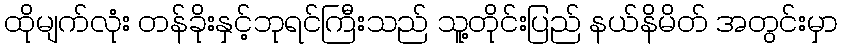
ထိုမျက်လုံး တန်ခိုးနှင့်ဘုရင်ကြီးသည် သူ့တိုင်းပြည် နယ်နိမိတ် အတွင်းမှာ